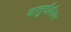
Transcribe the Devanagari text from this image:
धातुदौर्बल्य